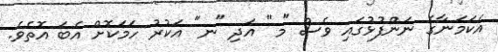
އެކަމަނާގެ ނަންފުޅުގައި ވެސް "މ" އަދި "ނ" އަކުރު ހަމަކޮށް އެބަ އޮތެވެ.